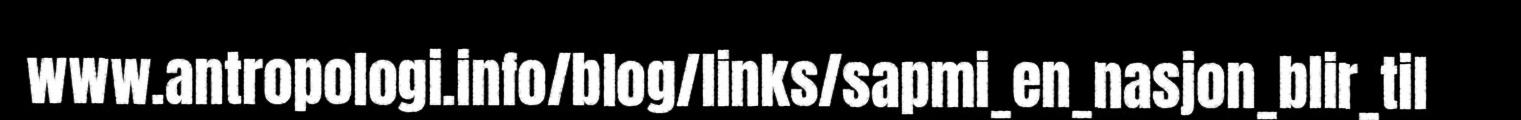
www.antropologi.info/blog/links/sapmi_en_nasjon_blir_til